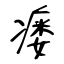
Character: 瘘